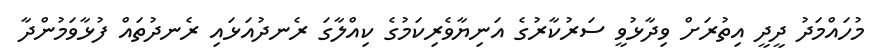
މުހައްމަދު ދީދީ އިތުރަށް ވިދާޅުވީ ސަރުކާރުގެ އަނިޔާވެރިކަމުގެ ކިއްލާގަ ރެނދުއަޅައި ރެނދުތައް ފުޅާވަމުންދާ